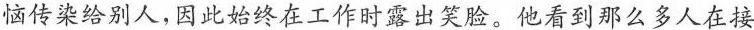
恼传染给别人，因此始终在工作时露出笑脸。他看到那么多人在接